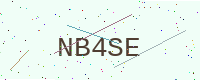
Text: NB4SE